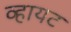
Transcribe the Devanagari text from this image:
व्हायट